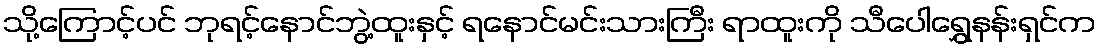
သို့ကြောင့်ပင် ဘုရင့်နောင်ဘွဲ့ထူးနှင့် ရနောင်မင်းသားကြီး ရာထူးကို သီပေါရွှေနန်းရှင်က